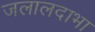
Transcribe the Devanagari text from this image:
जलालदाभा